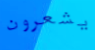
يشعرون